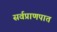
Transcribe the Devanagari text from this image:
सर्वप्राणपात